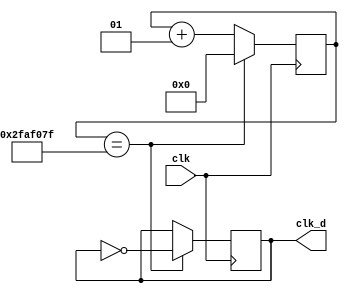
`timescale 1ns / 1ps
//////////////////////////////////////////////////////////////////////////////////
// Company: 
// Engineer: 
// 
// Design Name: 
// Module Name:    clk_divider 
// Project Name: 
// Target Devices: 
// Tool versions: 
// Description: 
//
// Dependencies: 
//
// Revision: 
// Revision 0.01 - File Created
// Additional Comments: 
//
//////////////////////////////////////////////////////////////////////////////////
module clk_divider(input wire clk, output reg clk_d = 0);
integer div = 49999999;
integer count = 0;

always @(posedge clk)
	begin
		if (count == div)
			count <= 0;
		else
			count <= count + 1;
	end

always @(posedge clk)
	begin
		if(count == div)
			clk_d <= ~clk_d;
		else
			clk_d <= clk_d;
	end
endmodule